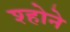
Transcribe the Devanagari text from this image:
श्होने